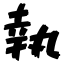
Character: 執